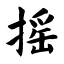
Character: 摇